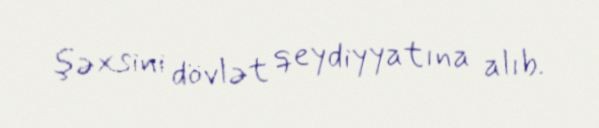
şəxsini dövlət qeydiyyatına alıb.